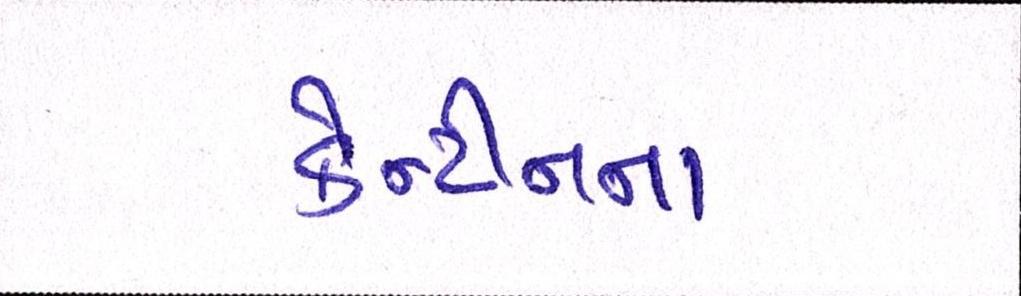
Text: કેન્ટીનના